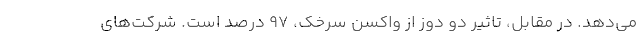
می‌دهد. در مقابل، تاثیر دو دوز از واکسن سرخک، ۹۷ درصد است. شرکت‌های